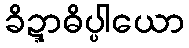
ခိဍ္ဍာဓိပ္ပါယော